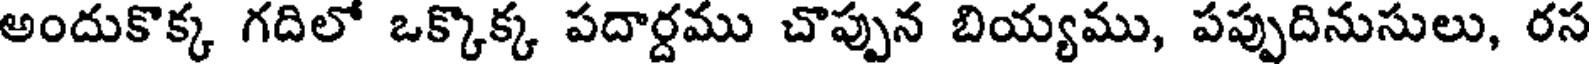
అందుకొక్క గదిలో ఒక్కొక్క పదార్దము చొప్పున బియ్యము, పప్పుదినుసులు, రస